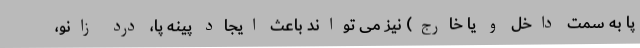
پا به سمت داخل و یا خارج) نیز می تواند باعث ایجاد پینه پا، درد زانو،